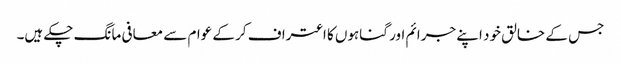
جس کے خالق خود اپنے جرائم اور گناہوں کا اعتراف کر کے عوام سے معافی مانگ چکے ہیں۔